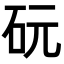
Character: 𪿑